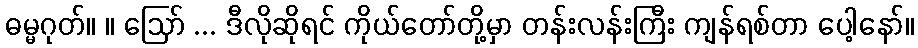
ဓမ္မဂုတ်။ ။ ဪ ... ဒီလိုဆိုရင် ကိုယ်တော်တို့မှာ တန်းလန်းကြီး ကျန်ရစ်တာ ပေါ့နော်။